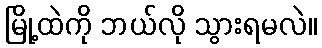
မြို့ထဲကို ဘယ်လို သွားရမလဲ။